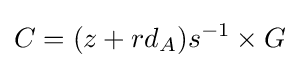
C=(z+rd_{A})s^{-1}\times G